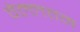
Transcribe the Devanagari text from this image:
वेल्लत्तम